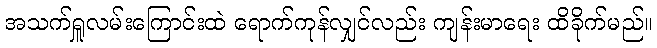
အသက်ရှူလမ်းကြောင်းထဲ ရောက်ကုန်လျှင်လည်း ကျန်းမာရေး ထိခိုက်မည်။